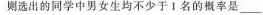
则选出的同学中男女生均不少于Ⅰ名的概率是___